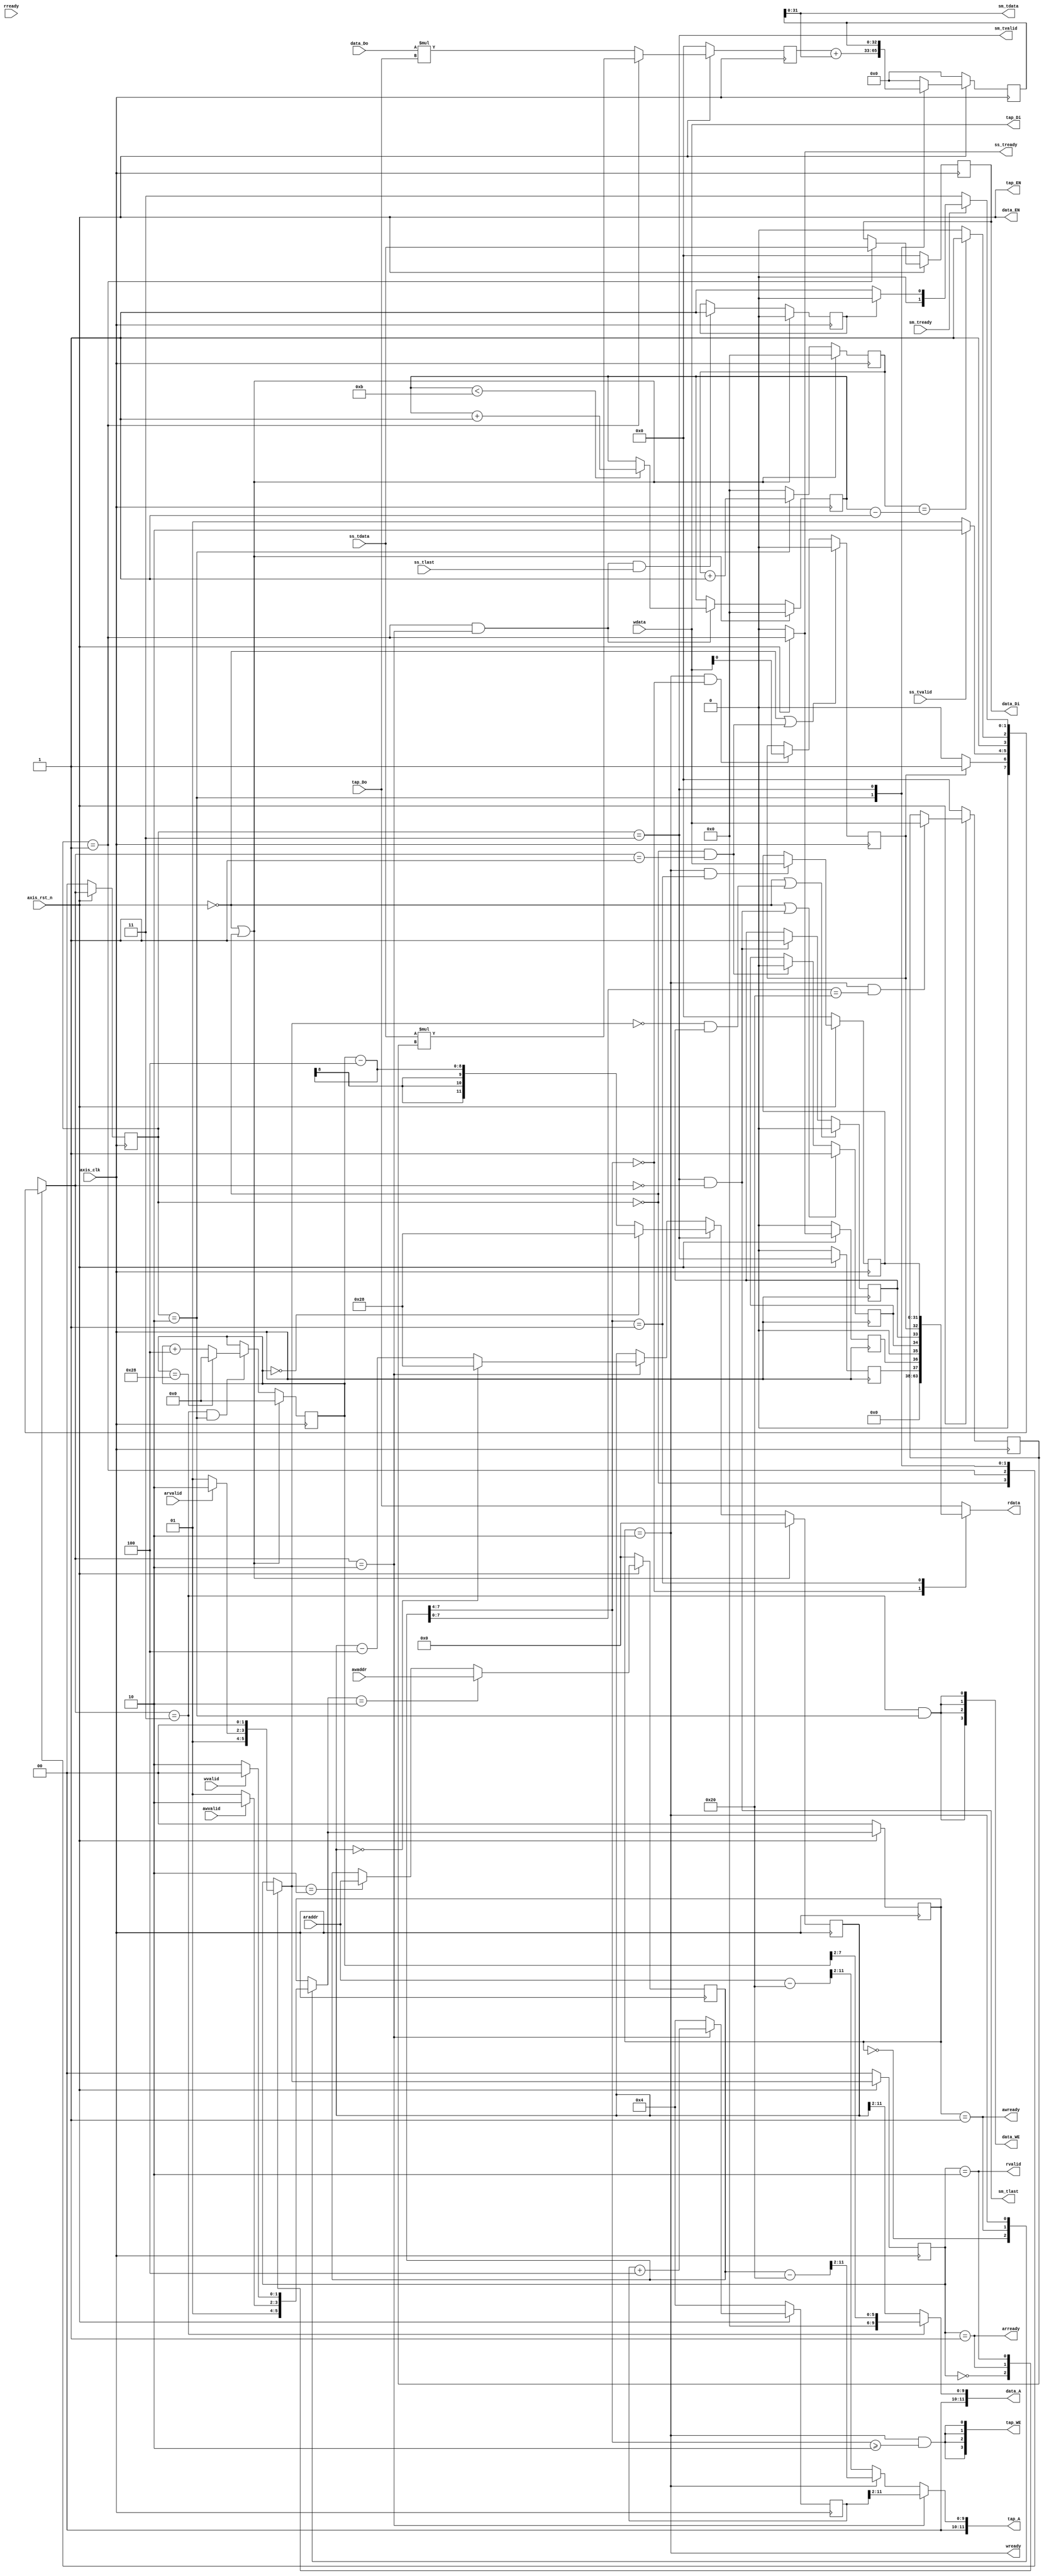
`timescale 1ns / 1ps
module fir_lab4 
#(  parameter pADDR_WIDTH = 12,
    parameter pDATA_WIDTH = 32,
    parameter Tape_Num    = 11
)
(   
    //--------------------------------------------------
    // Global
    input   wire                     axis_clk,
    input   wire                     axis_rst_n,
    //--------------------------------------------------
    // AXI-lite slave write
    // address write
    output  wire                     awready,
    input   wire                     awvalid,
    input   wire [(pADDR_WIDTH-1):0] awaddr,
    // data write
    output  wire                     wready,
    input   wire                     wvalid,    
    input   wire [(pDATA_WIDTH-1):0] wdata,
    //--------------------------------------------------
    // AXI-lite slave read
    // address read
    output  wire                     arready,
    input   wire                     arvalid,
    input   wire [(pADDR_WIDTH-1):0] araddr,
    // data read
    input   wire                     rready,
    output  wire                     rvalid,
    output  reg  [(pDATA_WIDTH-1):0] rdata,
    //--------------------------------------------------
    // AXI-ST slave - X
    output  wire                     ss_tready,
    input   wire                     ss_tvalid, 
    input   wire                     ss_tlast,
    input   wire [(pDATA_WIDTH-1):0] ss_tdata,
    //--------------------------------------------------
    // AXI-ST master - Y
    input   wire                     sm_tready, 
    output  wire                     sm_tvalid,  
    output  wire                     sm_tlast, 
    output  wire [(pDATA_WIDTH-1):0] sm_tdata,
    //--------------------------------------------------
    // bram for TAP RAM
    output  wire   [3:0]             tap_WE,
    output  wire                     tap_EN,
    output  wire [(pDATA_WIDTH-1):0] tap_Di,
    output  wire [(pADDR_WIDTH-1):0] tap_A,
    input   wire [(pDATA_WIDTH-1):0] tap_Do,
    //--------------------------------------------------
    // bram for X RAM
    output  wire  [3:0]              data_WE,
    output  wire                     data_EN,
    output  wire [(pDATA_WIDTH-1):0] data_Di,
    output  wire [(pADDR_WIDTH-1):0] data_A,
    input   wire [(pDATA_WIDTH-1):0] data_Do
);
    //==================================================
    // PARAMETERS
    //==================================================
    // AXI-lite FSM
    localparam  S_IDLE = 2'd0,     // wait for adddr valid
                S_ADDR = 2'd1,     // address in
                S_DATA = 2'd2;     // data in/out 
    // FIR FSM
    localparam  FIR_WAIT = 2'd0,  // wait for ap start
                FIR_IDLE = 2'd1,  // wait X in
                FIR_PROC = 2'd2,
                FIR_DONE = 2'd3;  // Y valid
    //==================================================


    //==================================================
    // INTERNAL REG & WIRES
    //==================================================
    // FSM
    reg  [1:0] cs_w, ns_w;
    reg  [1:0] cs_r, ns_r;
    reg  [1:0] fir_cs, fir_ns;
    // AP
    reg [pADDR_WIDTH-1:0]   addr_reg;
    reg                     ap_start;
    reg                     ap_done;
    reg                     ap_idle;
    // X valid, Y ready reg
    reg                     x_ready_reg;
    reg                     y_valid_reg;
    // Data length
    reg [pDATA_WIDTH-1:0]   data_len;
    // Last input flag
    reg                     tlast_flag;
    // Tap A mux
    reg [pADDR_WIDTH-1:0]   tap_A_mux;
    // Buffer
    reg [pDATA_WIDTH-1:0]   TAP0_buf;
    reg [pDATA_WIDTH-1:0]   xt_buf;
    // RAM addr control
    reg [pADDR_WIDTH-1:0]   fir_tap_addr;
    reg [7:0]               x_addr_init;
    reg [pADDR_WIDTH-1:0]   x_addr;
    // Counter
    reg [3:0]               data_count;
    reg [3:0]               proc_count;
    // ALU
    reg [2*pDATA_WIDTH-1:0] fir_multi;
    reg [pDATA_WIDTH:0]     fir_sum;
    wire [pDATA_WIDTH-1:0]  fir_o;
    //==================================================


    //==================================================
    // AXI-lite slave write channel
    //==================================================
    // FSM
    //--------------------------------------------------
    always @(posedge axis_clk) begin
        if (!axis_rst_n)
            cs_w <= S_IDLE;
        else
            cs_w <= ns_w;
    end
    always @(*) begin
        ns_w = cs_w;
        case (cs_w)
            S_IDLE: ns_w = S_ADDR;
            S_ADDR: ns_w = (awvalid)? S_DATA : S_ADDR;
            S_DATA: ns_w = ( wvalid)? S_IDLE : S_DATA;
        endcase
    end
    //--------------------------------------------------
    assign awready = (cs_w == S_ADDR);

    assign wready = (cs_w == S_DATA);
    //==================================================


    //==================================================
    // AXI-lite slave read channel
    //==================================================
    // FSM
    //--------------------------------------------------
    always @(posedge axis_clk) begin
        if (!axis_rst_n)
            cs_r <= S_IDLE;
        else
            cs_r <= ns_r;
    end
    always @(*) begin
        ns_r = cs_r;
        case (cs_r)
            S_IDLE: ns_r = S_ADDR;
            S_ADDR: ns_r = (arvalid)? S_DATA : S_ADDR;
            S_DATA: ns_r = ( rvalid)? S_IDLE : S_DATA;
        endcase
    end
    //--------------------------------------------------
    assign arready = (cs_r == S_ADDR);

    assign rvalid = (cs_r == S_DATA);
    //--------------------------------------------------
    // Read data
    always @(*) begin
        rdata = 32'd0;
        case (addr_reg[7:4])
            4'd0:   rdata = { 27'd0, y_valid_reg, x_ready_reg, 1'b0, ap_idle, ap_done, ap_start };  // 0x00 - ap 
            4'd1:   rdata = data_len;                               // 0x10 - data_len 0x10
            4'd2:   rdata = tap_Do;                                 // 0x20 - TAP RAM 
            4'd3:   rdata = tap_Do;                                 // 0x30 - TAP RAM
            4'd4:   rdata = tap_Do;                                 // 0x40 - TAP RAM
            default: rdata = tap_Do;
        endcase
    end
    //==================================================


    //==================================================
    // TAP RAM & AP & data_len
    //==================================================

    // Note of address map:
    // 1.
    // coef address to tap bram start from 0x20 = 0010_0000 = 8'd32
    // start address >> 2 = 0000_1000 = 8'd8
    // address: 0x20 ~ 0x48 = 32 ~ 72 = 0010_0000 ~  0100_1000
    // So, we need to make the start address -8 to match the bram [0]
    // 2.
    // we need to judge whether read & write access tap bram or registers
    // 3.
    // write channels_dataaddr&dataread channels_addraddrcycle s_datadata

    // addr register only for lite read/write
    //--------------------------------------------------
    always @(posedge axis_clk) begin
        if (!axis_rst_n)
            addr_reg <= 11'd0;
        else begin
            if (ns_w == S_DATA)   // lite read/writeaddr
                addr_reg <= awaddr;
            else  if (ns_r == S_DATA)
                addr_reg <= araddr;
            else
                addr_reg <= addr_reg;
        end
    end

    // AP REGISTERS
    //--------------------------------------------------
    // 0x00
    // ap_reg[0]: ap_start(RW), ap_reg[1]: ap_done(RO), ap_reg[2]: ap_idle(RO)
    always @(posedge axis_clk) begin
        if (!axis_rst_n | ((fir_cs == FIR_WAIT) & (fir_ns == FIR_IDLE)))  // ap_start reset after FIR start
            ap_start <= 1'b0;
        else begin
            if ((cs_w == S_DATA) & (addr_reg[7:4] == 4'd0))               // lite write
                ap_start <=  wdata[0];
            else
                ap_start <= ap_start;
        end
    end

    always @(posedge axis_clk) begin
        if (!axis_rst_n | ((ns_r == S_IDLE) & (ap_done == 1'b1)))    // reset ap_done when ap_done == 1 is read
            ap_done <= 1'b0;
        else begin
            if ((fir_cs == FIR_DONE) & (fir_ns == FIR_WAIT))         // pull up while FIR finish all data
                ap_done <= 1'b1;
            else
                ap_done <= ap_done;
        end
    end

    always @(posedge axis_clk) begin
        if (!axis_rst_n | ((fir_cs == FIR_DONE) & (fir_ns == FIR_WAIT)))  // reset ap_idle when FIR finish
            ap_idle <= 1'b1;
        else begin
            if ((fir_cs == FIR_WAIT) & (fir_ns == FIR_IDLE))              // ap_idle reset after FIR start
                ap_idle <= 1'b0;
            else
                ap_idle <= ap_idle;
        end
    end
    // X ready reg, Y valid reg (RO)
    //--------------------------------------------------
    // reg                     x_ready_reg;
    always @(posedge axis_clk) begin
        if (!axis_rst_n)
            x_ready_reg <= 0;
        else
            x_ready_reg <= ss_tready;
    end
    // reg                     y_valid_reg;
    always @(posedge axis_clk) begin
        if (!axis_rst_n)
            y_valid_reg <= 0;
        else
            y_valid_reg <= sm_tvalid;
    end

    //--------------------------------------------------

    // DATA LENGTH
    //--------------------------------------------------
    // 0x10
    always @(posedge axis_clk) begin
        if (!axis_rst_n)
            data_len <= 32'd0;
        else begin
            if ((cs_w == S_DATA) & (addr_reg[7:4] == 4'd1))
                data_len <= wdata;
            else
                data_len <= data_len;
        end
    end
    //--------------------------------------------------
    
    // Tap RAM
    //--------------------------------------------------
    assign tap_WE = { 4{ (cs_w == S_DATA) & (addr_reg[7:4] >= 4'd2) } };

    assign tap_EN = axis_rst_n;     // resetenable

    // 0x20
    // ACCESS: 1.FIR read 2.lite write 3. lite read (RAM ADDR portaccess)
    assign tap_A = tap_A_mux;
    
    always @(*) begin
        tap_A_mux = 12'd0;
        if (fir_ns == FIR_PROC)
            tap_A_mux = fir_tap_addr >> 2;
        else if (cs_w == S_DATA)
            tap_A_mux = (addr_reg - 8'h20) >> 2;
        else
            tap_A_mux = (araddr - 8'h20) >> 2;
    end

    // Tap RAM data input
    assign tap_Di = wdata;
    //==================================================
    

    //==================================================
    // FIR & X RAM
    //==================================================
    // FSM
    //--------------------------------------------------
    always @(posedge axis_clk) begin
        if (!axis_rst_n)
            fir_cs <= FIR_WAIT;
        else
            fir_cs <= fir_ns;
    end
    always @(*) begin
        fir_ns = fir_cs;
        case (fir_cs)
        FIR_WAIT: fir_ns = (ap_start)? FIR_IDLE : FIR_WAIT; 
        FIR_IDLE: fir_ns = (ss_tvalid)? FIR_PROC : FIR_IDLE;
        FIR_PROC: fir_ns = (proc_count == (data_count - 1'b1))? FIR_DONE : FIR_PROC;
        FIR_DONE: fir_ns = (sm_tready)? ((tlast_flag)? FIR_WAIT: FIR_IDLE) : FIR_DONE;
        endcase
    end
    //--------------------------------------------------

    // AXI-streaming slave - X
    //--------------------------------------------------
    assign ss_tready = (~axis_rst_n)? 1'b0 : (fir_cs == FIR_IDLE);
    //--------------------------------------------------

    // AXI-streaming master - Y
    //--------------------------------------------------
    assign sm_tvalid = (fir_cs == FIR_DONE);

    assign sm_tlast  = (fir_cs == FIR_DONE) & (fir_ns == FIR_WAIT);

    assign sm_tdata  = fir_o;
    //--------------------------------------------------

    // Last data flag
    always @(posedge axis_clk) begin
        if (!axis_rst_n | (fir_cs == FIR_WAIT))     // reset while FIR wait
            tlast_flag <= 1'b0;
        else begin
            if ((fir_cs == FIR_IDLE) & (fir_ns == FIR_PROC) & ss_tlast)
                tlast_flag <= 1'b1;
            else
                tlast_flag <= tlast_flag;
        end
    end

    // TAP0 buffer
    // Xt * h0 while S_IDLE -> S_PROC
    always @(posedge axis_clk) begin
        if (!axis_rst_n)
            TAP0_buf <= 32'd0;
        else begin
            if ((cs_w == S_DATA) & (addr_reg[7:0] == 8'h20))
                TAP0_buf <= wdata;
            else
                TAP0_buf <= TAP0_buf;
        end
    end

    // Xt buffer
    // Save Xt & Write into X RAM while last S_PROC
    always @(posedge axis_clk) begin
        if (!axis_rst_n)
            xt_buf <= 32'd0;
        else begin
            if (fir_cs == FIR_IDLE)
                xt_buf <= ss_tdata;
            else
                xt_buf <= xt_buf;
        end
    end
    
    // FIR RAM addr control
    //--------------------------------------------------

    // Tap RAM addr control
    // repeat 0x24 - 0x48 every process iteration
    always @(posedge axis_clk) begin
        if (!axis_rst_n)
            fir_tap_addr <= 12'h004;                // reset to TAP RAM[1]
        else if (fir_ns == FIR_PROC)
            fir_tap_addr <= fir_tap_addr + 4'h4;    // TAP RAM index + 1
        else
            fir_tap_addr <= 12'h004;                // reset to TAP RAM[1]
    end

    // X initial address indicator
    always @(posedge axis_clk) begin
        if (!axis_rst_n | (fir_cs == FIR_WAIT))     // reset while X RAM[10] & FIR_WAIT
            x_addr_init <= 8'h00;                   // reset to X RAM[0]
        else if (fir_ns == FIR_DONE && fir_cs == FIR_PROC) begin
            if (x_addr_init == 8'h28)
                x_addr_init <= 8'h00;
            else
                x_addr_init <= x_addr_init + 4'h4;  // init X RAM index +1 while last FIR_PROC
        end
        else
            x_addr_init <= x_addr_init; 
    end

    // X RAM addr control
    always @(posedge axis_clk) begin
        if (!axis_rst_n | (fir_cs == FIR_WAIT))
            x_addr <= 12'h000;
        else if (fir_cs == FIR_DONE) begin   // get new initial address while FIR DONE
            if (x_addr_init == 8'h00)
                x_addr <= 12'h028;          // 
            else
                x_addr <= x_addr_init - 4'h4;          
        end
        else if (fir_ns == FIR_PROC) begin
            if (x_addr == 12'h000)
                x_addr <= 12'h028;          // X RAM[0] -> X RAM[10]
            else
                x_addr <= x_addr - 4'h4;    // X RAM index - 1
        end
        else
            x_addr <= x_addr;
    end
    //--------------------------------------------------

    // X RAM
    //--------------------------------------------------
    assign data_WE = { 4{fir_ns == FIR_DONE & fir_cs == FIR_PROC}};                                  // Write Xt into X RAM while last FIR_PROC
    
    assign data_EN = axis_rst_n;

    assign data_A = (fir_ns == FIR_DONE)?  { 4'd0, (x_addr_init >> 2) } : (x_addr >> 2);      // Write Xt into X RAM while last FIR_PROC
    
    assign data_Di = xt_buf;
    //--------------------------------------------------

    // Data input count
    always @(posedge axis_clk) begin
        if (!axis_rst_n | (fir_cs == FIR_WAIT))
            data_count <= 4'd0;
        else if ((fir_cs == FIR_IDLE) & (fir_ns == FIR_PROC)) begin     // X handshake then +1, until count == 11
            if (data_count < 11)
                data_count <= data_count + 1'b1;
            else
                data_count <= data_count;
            end
        else
            data_count <= data_count;
    end

    // Proc count 0~11
    always @(posedge axis_clk) begin
        if (!axis_rst_n | (fir_cs == FIR_WAIT))
            proc_count <= 4'd0;
        else begin
            if (fir_cs == FIR_PROC)
                proc_count <= proc_count + 1'b1;
            else
                proc_count <= 4'd0;
        end        
    end
    //==================================================


    //==================================================
    // FIR ALU
    //==================================================
    // Multi (width: 64)
    always @(posedge axis_clk) begin
        if (!axis_rst_n)
            fir_multi <= 64'd0;
        else begin
            if (fir_cs == FIR_IDLE)
                fir_multi <= ss_tdata * TAP0_buf;   // Xt*h0
            else
                fir_multi <= data_Do * tap_Do;      //Xt-1*h1 ~
        end
    end
    // Sum (width: 33)
    always @(posedge axis_clk) begin
        if (!axis_rst_n)
            fir_sum <= 33'd0;
        else begin
            case(fir_cs)
                FIR_PROC: fir_sum <= fir_multi[31:0] + fir_sum[31:0];   // Only receive data while FIR processing
                FIR_DONE: fir_sum <= fir_sum;
                default: fir_sum <= 33'd0;                              // Other states: sum = 0
            endcase
        end
    end

    // FIR output
    assign fir_o = fir_sum[31:0];
    //==================================================


endmodule